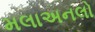
મલાઅનલો